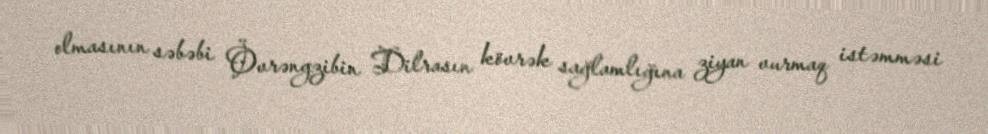
olmasının səbəbi Övrəngzibin Dilrasın kövrək sağlamlığına ziyan vurmaq istəmməsi